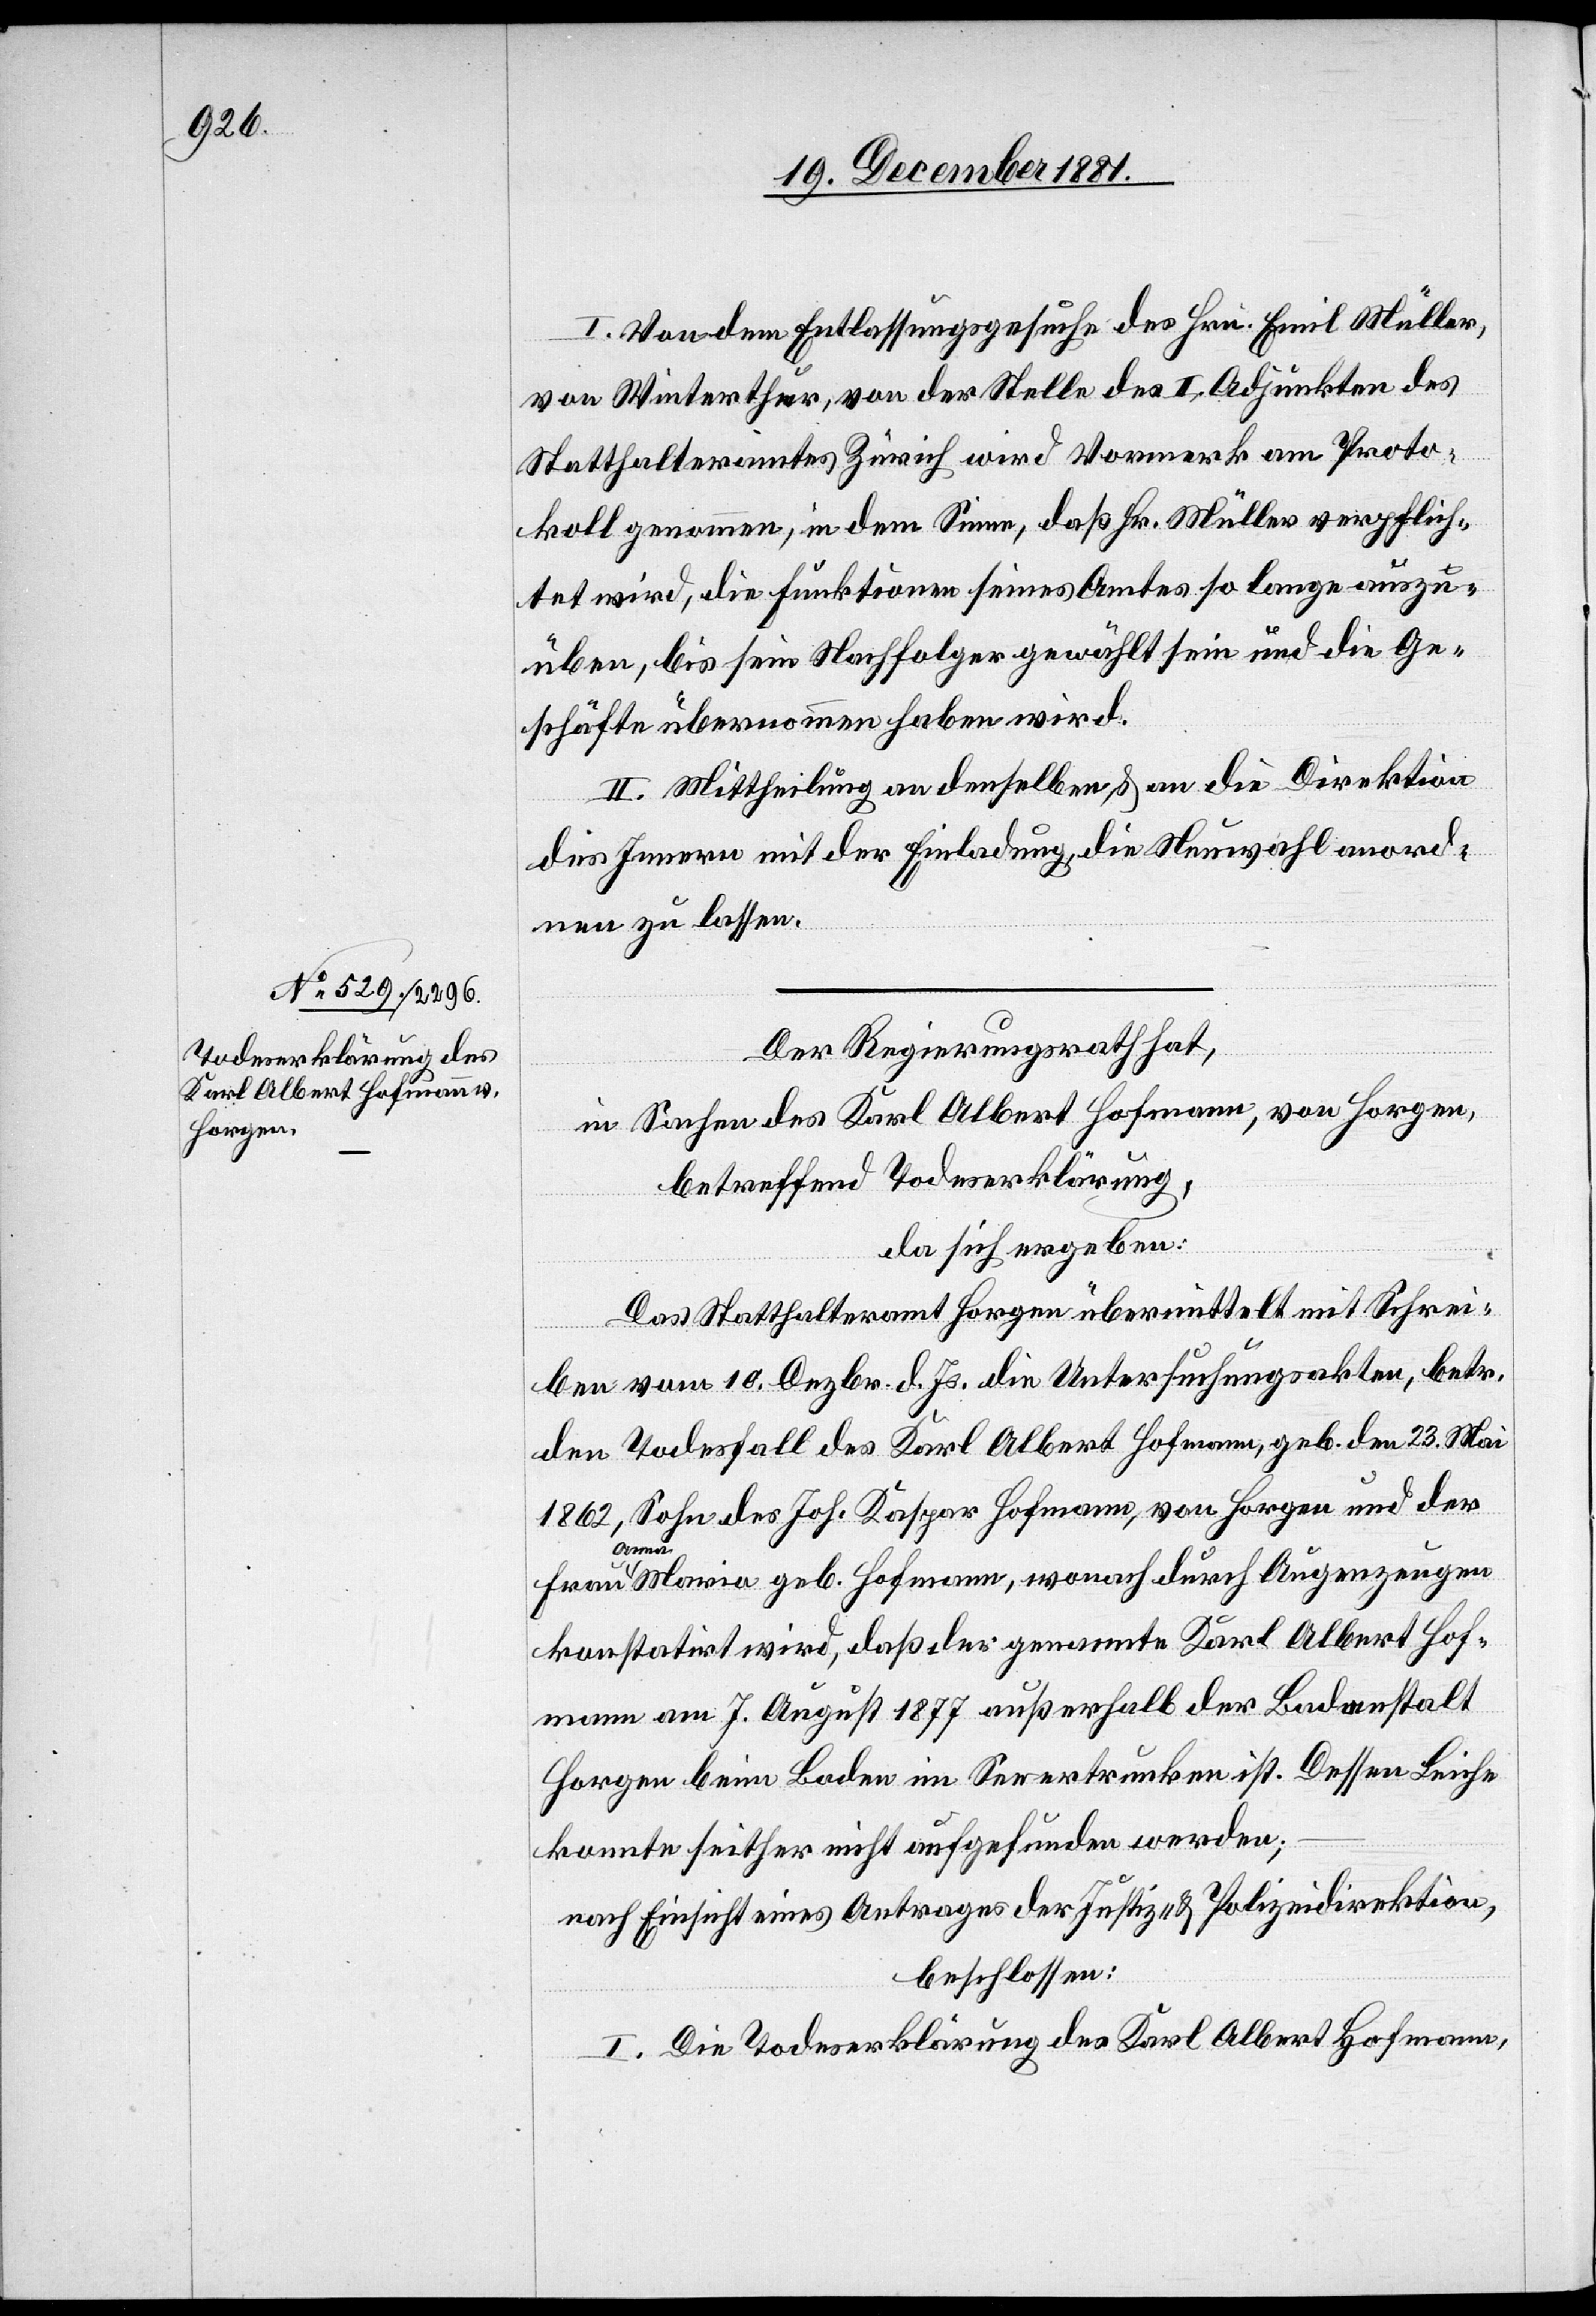
I. Von dem Entlassungsgesuch des Hrn. Emil Müller,
von Winterthur, von der Stelle des II. Adjunkten des
Statthalteramtes Zürich wird Vormerk am Proto¬
koll genommen, in dem Sinne, daß Hr. Müller verpflich¬
tet wird, die Funktionen seines Amtes so lange auszu¬
üben, bis sein Nachfolger gewählt sein und die Ge¬
schäfte übernommen haben wird.
II. Mittheilung an denselben, & an die Direktion
des Innern mit der Einladung, die Neuwahl anord¬
nen zu lassen.
Der Regierungsrath hat,
in Sachen des Karl Albert Hofmann, von Horgen,
betreffend Todeserklärung,
da sich ergeben:
Das Statthalteramt Horgen übermittelt mit Schrei¬
ben vom 10. Dezbr. d. Js. die Untersuchungsakten, betr.
den Todesfall des Karl Albert Hofmann, geb. den 23. Mai
1862, Sohne des Joh. Kaspar Hofmann, von Horgen und der
Frau
Anna Maria geb. Hofmann, wonach durch Augenzeugen
konstatirt wird, daß der genannte Karl Albert Hof¬
mann am 7. August 1877 außerhalb der Badanstalt
Horgen beim Baden im See ertrunken ist. Dessen Leiche
konnte seither nicht aufgefunden werden;
nach Einsicht eines Antrages der Justiz- & Polizeidirektion,
beschlossen:
I. Die Todeserklärung des Karl Albert Hofmann,